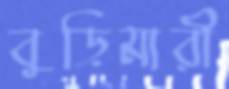
বুড়িমারী